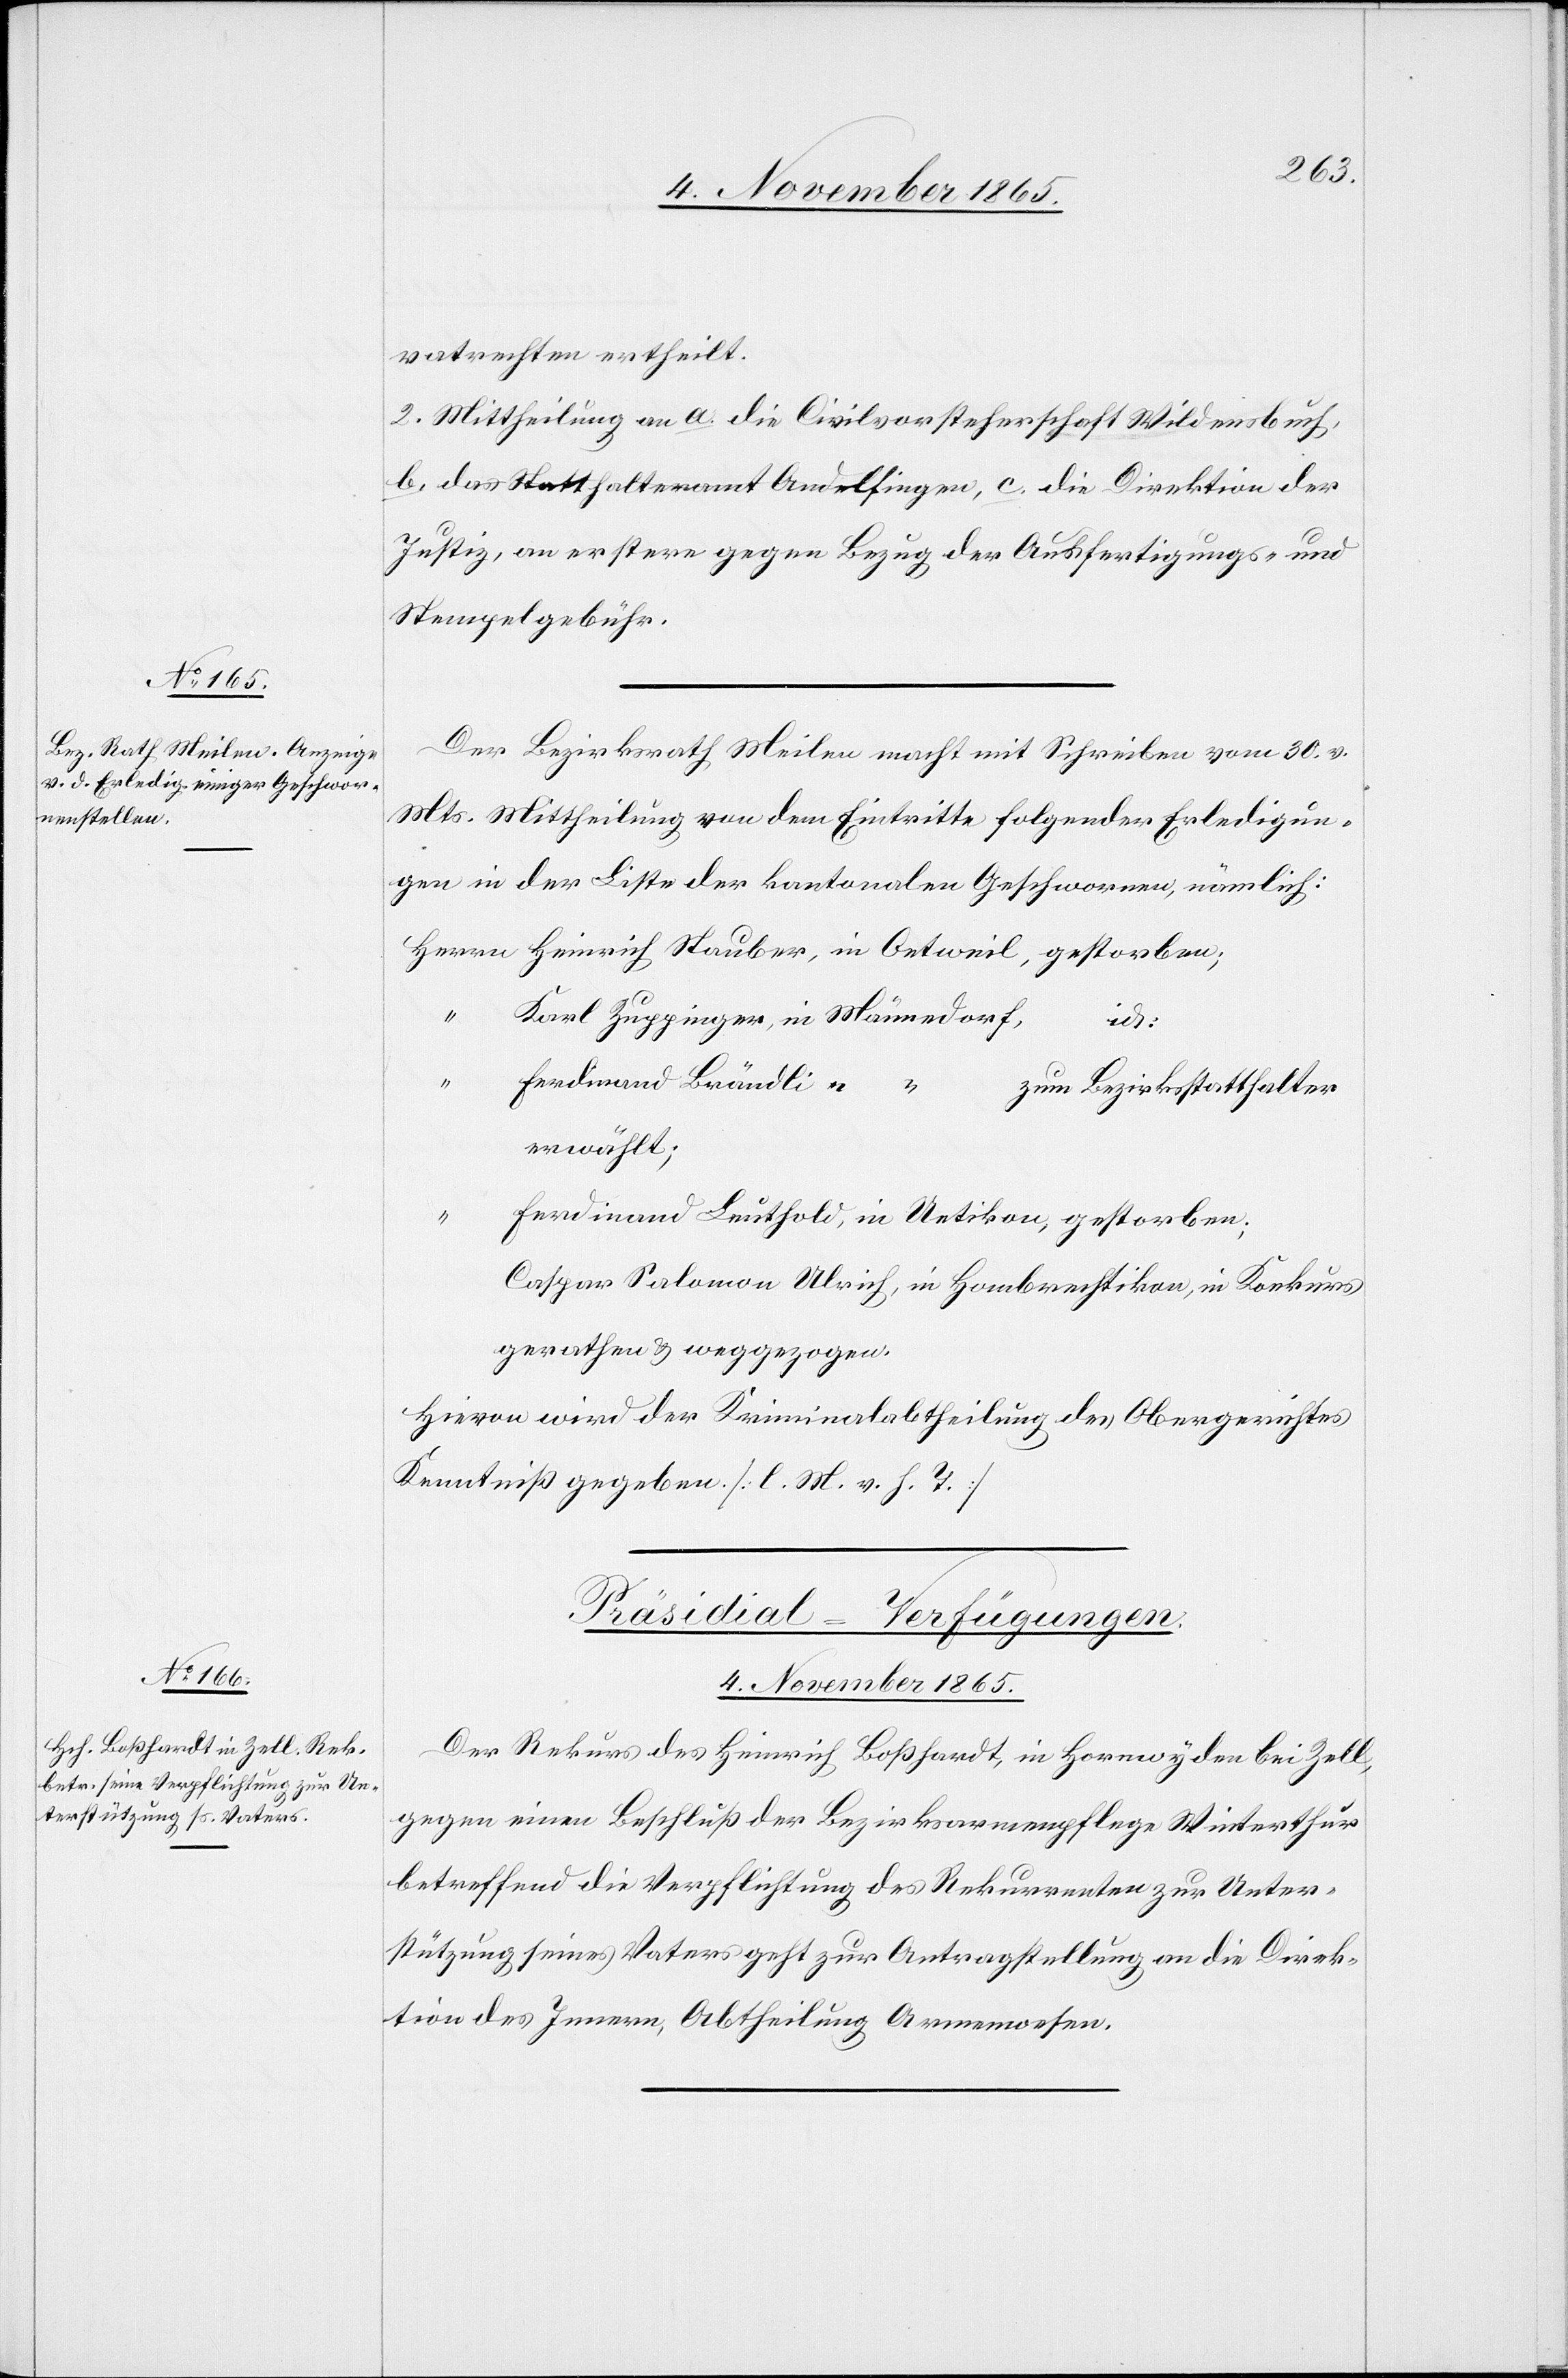
vatrechten ertheilt.
2. Mittheilung an a. die Civilvorsteherschaft Wildensbuch,
b. das Statthalteramt Andelfingen, c. die Direktion der
Justiz, an erstere gegen Bezug der Ausfertigungs- und
Stempelgebühren.
Der Bezirksrath Meilen macht mit Schreiben vom 30. v.
Mts. Mittheilung von dem Eintritte folgender Erledigun¬
gen in der Liste der kantonalen Geschwornen, nämlich:
Ferdinand Brändli,
“
zum Bezirksstatthalter
erwählt;
gerathen und weggezogen.
Hievon wird der Kriminalabtheilung des Obergerichtes
Kenntniß gegeben. [l. M. v. h. T.]
Präsidial-Verfügungen.
4. November 1865.
Der Rekurs des Heinrich Boßhardt, in Hornwyden bei Zell,
gegen einen Beschluß der Bezirksarmenpflege Winterthur
betreffend die Verpflichtung des Rekurrenten zur Unter¬
stützung seines Vaters geht zur Antragstellung an die Direk¬
tion des Innern, Abtheilung Armenwesen.